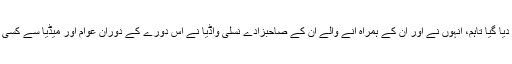
میڈٰیا کی جانب سے ان کے اس دورے کو کرکٹ ڈپلومیسی قرار دیا گیا تاہم، انہوں نے اور ان کے ہمراہ آنے والے ان کے صاحبزادے نسلی واڈیا نے اس دورے کے دوران عوام اور میڈٰیا سے کسی بھی موضوع پر اپنے تاثرات کا اظہار کرنے سے گریز کیا تھا۔